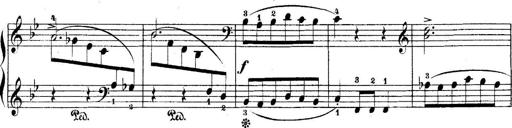
Title: 5 Sonatinas
Composer: Theodor Kirchner